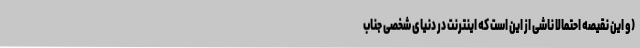
(و این نقیصه احتمالا ناشی از این است که اینترنت در دنیای شخصی جناب